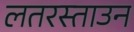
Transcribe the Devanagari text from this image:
लतरस्ताउन